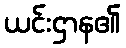
ယင်းဌာန၏